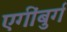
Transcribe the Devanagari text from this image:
एगींबुर्ग